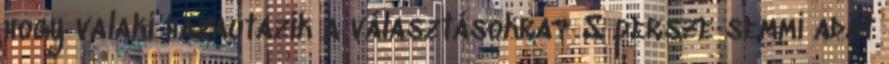
hogy valaki hazautazik a választásokra? S persze semmi adat